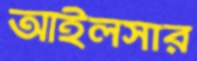
আইলসার